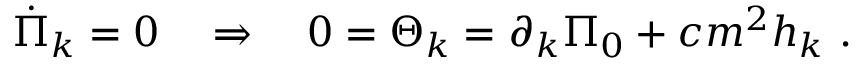
\dot { \Pi } _ { k } = 0 \quad \Rightarrow \quad 0 = \Theta _ { k } = \partial _ { k } \Pi _ { 0 } + c m ^ { 2 } h _ { k } \ .